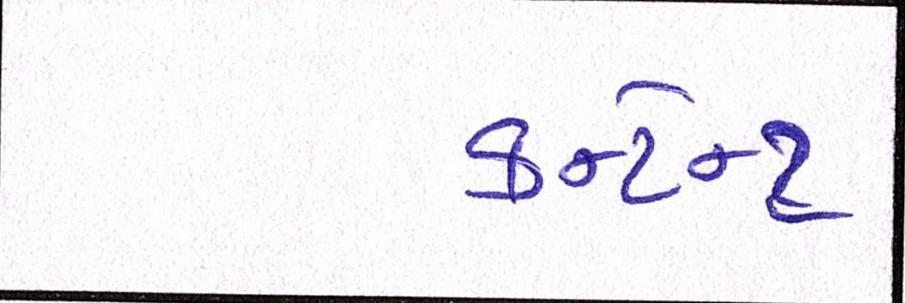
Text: કન્ટેન્ટ